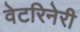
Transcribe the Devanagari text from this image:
वेटरिनेरी